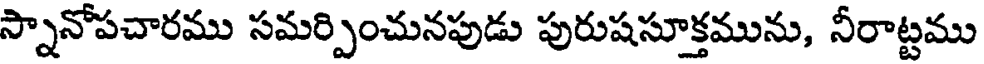
స్నానోపచారము సమర్పించునపుడు పురుషసూక్తమును, నీరాట్టము